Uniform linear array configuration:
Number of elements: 12
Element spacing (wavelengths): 0.75
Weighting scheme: binomial
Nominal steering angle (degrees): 15
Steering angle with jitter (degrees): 15.238
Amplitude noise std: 0.05
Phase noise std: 0.05

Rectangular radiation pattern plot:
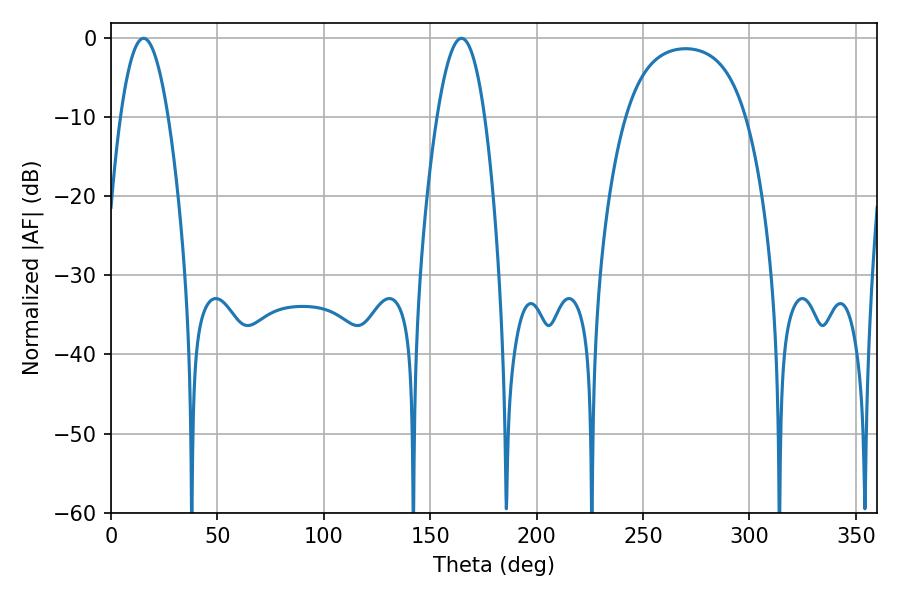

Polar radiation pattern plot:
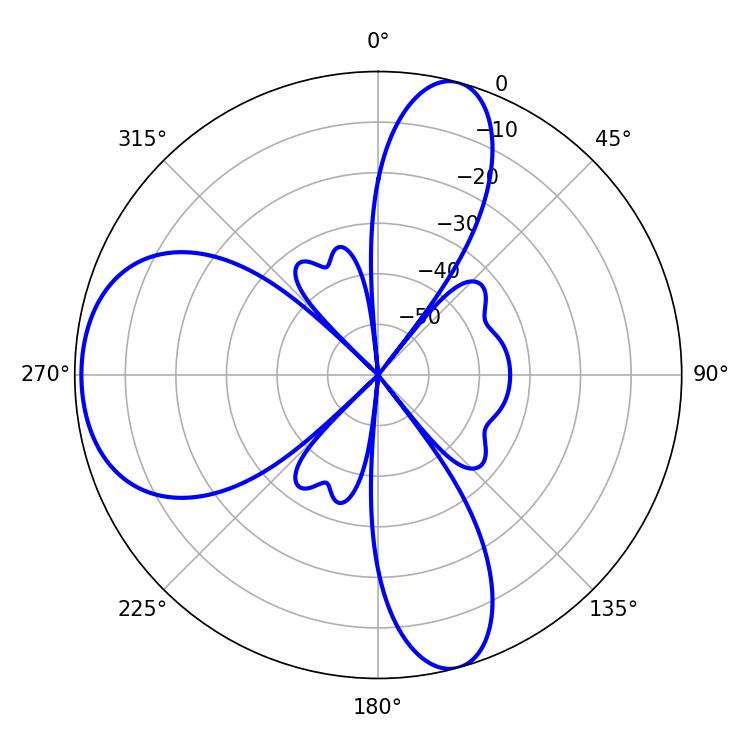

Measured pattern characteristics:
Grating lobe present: TRUE
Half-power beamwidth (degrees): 12.24
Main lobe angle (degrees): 15.3